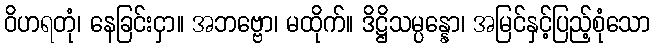
ဝိဟရတုံ၊ နေခြင်းငှာ။ အဘဗ္ဗော၊ မထိုက်။ ဒိဋ္ဌိသမ္ပန္နော၊ အမြင်နှင့်ပြည့်စုံသော